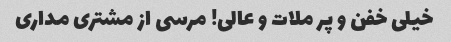
خیلی خفن و پر ملات و عالی! مرسی از مشتری مداری